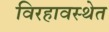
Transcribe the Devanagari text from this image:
विरहावस्थेत